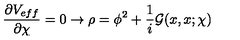
\frac { \partial V _ { e f f } } { \partial \chi } = 0 \rightarrow \rho = \phi ^ { 2 } + \frac { 1 } { i } { \mathcal G } ( x , x ; \chi )